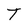
Character: T